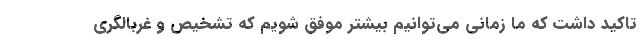
تاکید داشت که ما زمانی می‌توانیم بیشتر موفق شویم که تشخیص و غربالگری